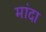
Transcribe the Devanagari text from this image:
मांदा